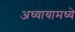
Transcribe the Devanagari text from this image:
अध्यायामध्ये